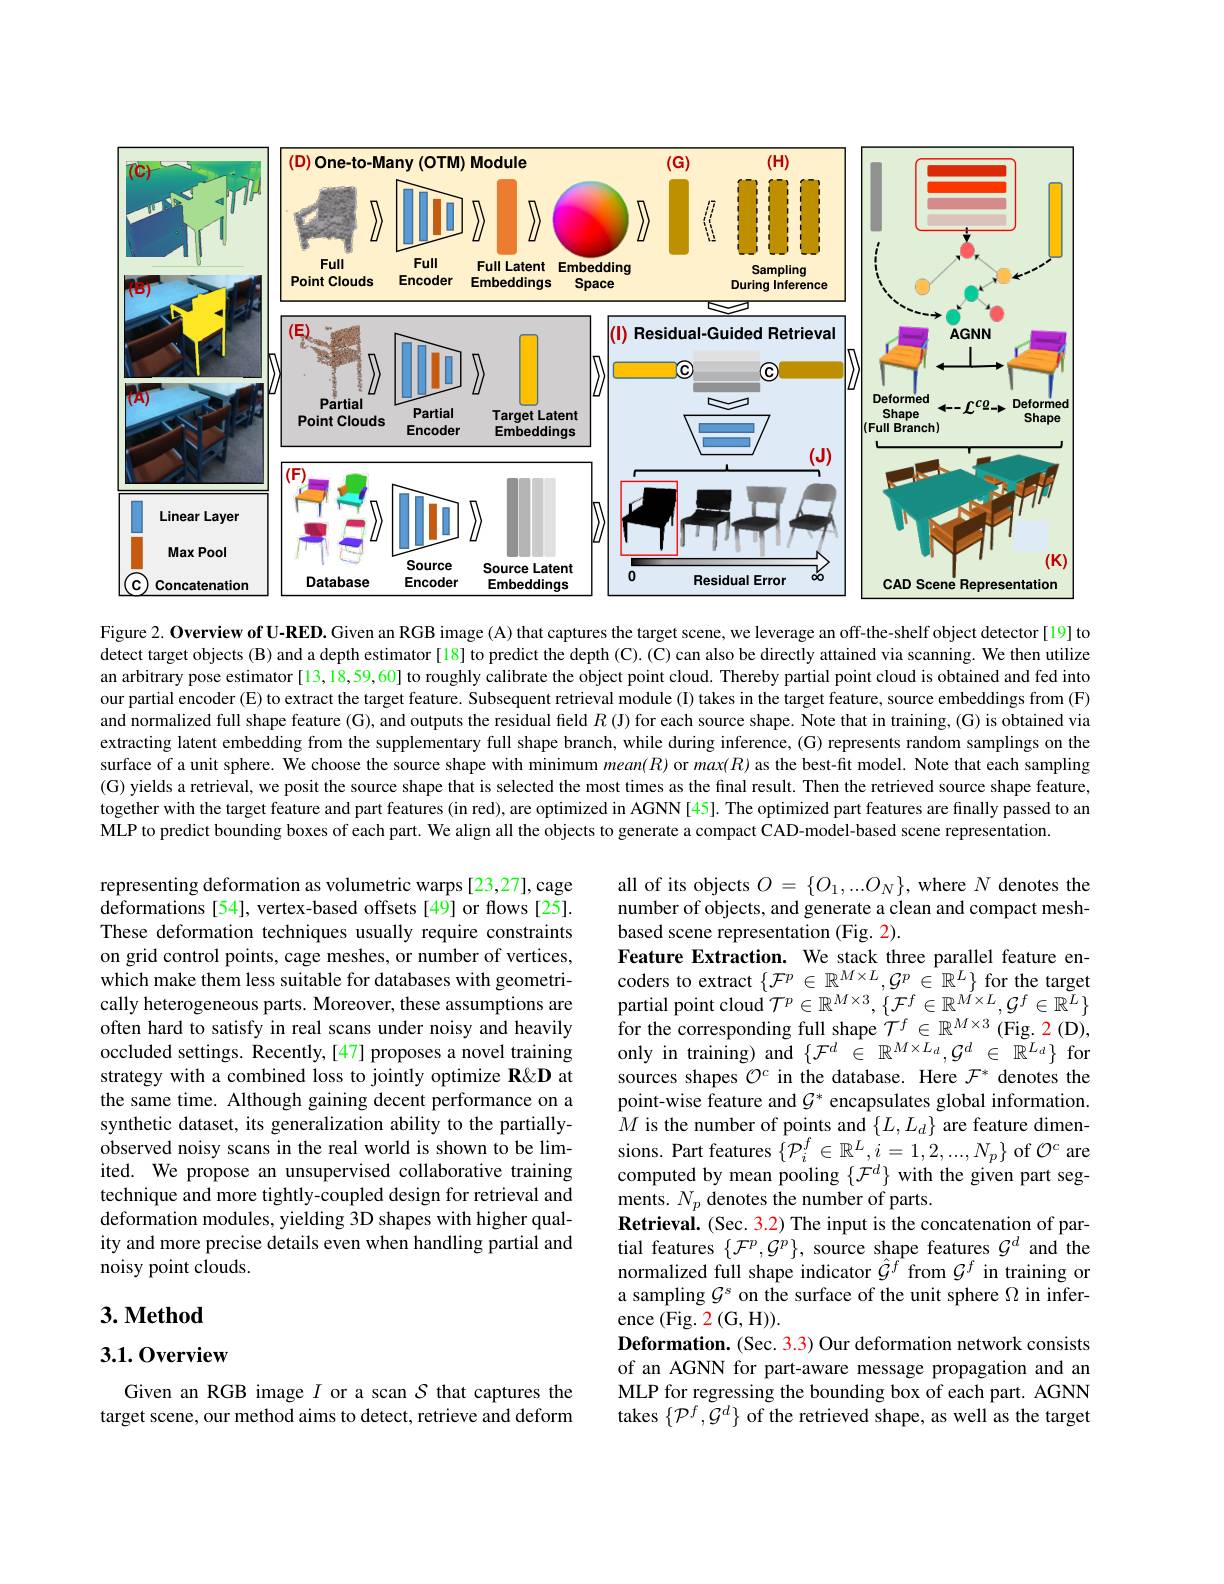
<FigureHere>

Figure 2. Overview of U-RED. Given an RGB image (A) that captures the target scene, we leverage an off-the-shelf object detector[19] to detect target objects (B) and a depth estimator[18] to predict the depth (C). (C) can also be directly attained via scanning. We then utilize an arbitrary pose estimator[13,18,59,60] to roughly calibrate the object point cloud. Thereby partial point cloud is obtained and fed into our partial encoder (E) to extract the target feature. Subsequent retrieval module (I) takes in the target feature, source embeddings from (F) and normalized full shape feature (G), and outputs the residual field $R$ (J) for each source shape. Note that in training, (G) is obtained via extracting latent embedding from the supplementary full shape branch, while during inference, (G) represents random samplings on the surface of a unit sphere. We choose the source shape with minimum $mean(R)$ or $max(R)$ as the best-fit model. Note that each sampling (G) yields a retrieval, we posit the source shape that is selected the most times as the final result. Then the retrieved source shape feature, together with the target feature and part features (in red), are optimized in AGNN [45]. The optimized part features are finally passed to an MLP to predict bounding boxes of each part. We align all the objects to generate a compact CAD-model-based scene representation

representing deformation as volumetric warps [23,27], cage deformations [54], vertex-based offsets[49] or flows[25]. These deformation techniques usually require constraints on grid control points, cage meshes, or number of vertices, which make them less suitable for databases with geometrically heterogeneous parts. Moreover, these assumptions are often hard to satisfy in real scans under noisy and heavily occluded settings. Recently,[47] proposes a novel training strategy with a combined loss to jointly optimize R&D at the same time. Although gaining decent performance on a synthetic dataset, its generalization ability to the partiallyobserved noisy scans in the real world is shown to be limited. We propose an unsupervised collaborative training technique and more tightly-coupled design for retrieval and deformation modules, yielding 3D shapes with higher quality and more precise details even when handling partial and noisy point clouds.

all of its objects $O=\{O_1,...O_N\}$, where $N$ denotes the number of objects, and generate a clean and compact meshbased scene representation (Fig. 2)
Feature Extraction. We stack three parallel feature en- $\begin{array}{l}\text{coders to extract}\left\{\mathcal{F}^{p}\in\mathbb{R}^{M\times L},\mathcal{G}^{p}\in\mathbb{R}^{L}\right\}\text{for the target}\\\text{partial point cloud }\mathcal{T}^{p}\in\mathbb{R}^{M\times3},\left\{\mathcal{F}^{f}\in\mathbb{R}^{M\times L},\mathcal{G}^{f}\in\mathbb{R}^{L}\right\}\\\text{for the corresponding full shape }\mathcal{T}^{f}\in\mathbb{R}^{M\times3}\left(\mathrm{Fig}_{..}2\left(\mathrm{D}\right),\right.\end{array}$ only in training) and $\{\mathcal{F}^d~\in~\mathbb{R}^{M\times L_d},\mathcal{G}^d~\in~\mathbb{R}^{L_d}\}$ for sources shapes $\mathcal{O}^c$ in the database. Here $\mathcal{F}^*$ denotes the point-wise feature and $\mathcal{G}^*$ encapsulates global information $M$ is the number of points and $\{L,L_d\}$ are feature dimensions. Part features $\{\mathcal{P}_i^f\in\mathbb{R}^L,i=1,2,...,N_p\}$ of $\mathcal{O}^c$ are computed by mean pooling $\{\mathcal{F}^d\}$ with the given part segments. $N_p$ denotes the number of parts.
Retrieval. (Sec. 3.2) The input is the concatenation of partial features $\{\mathcal{F}^p,\mathcal{G}^p\}$, source shape features $\mathcal{G}^d$ and the normalized full shape indicator $\hat{\mathcal{G}}^{f}$ from $\mathcal{G}^f$ in training or a sampling $G^s$ on the surface of the unit sphere $\Omega$ in inference (Fig. 2(G, H)).
Deformation. (Sec. 3.3) Our deformation network consists of an AGNN for part-aware message propagation and an MLP for regressing the bounding box of each part. AGNN takes $\{\mathcal{P}^f,\mathcal{G}^d\}$ of the retrieved shape, as well as the target

## $3. \textbf{Method}$

## 3.1.0verview

Given an RGB image $I$ or a scan $S$ that captures the target scene, our method aims to detect, retrieve and deform